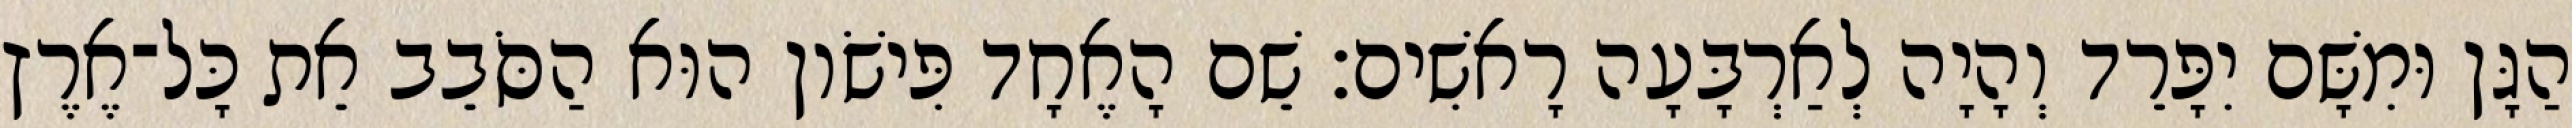
הַגָּן וּמִשָּׁם יִפָּרֵד וְהָיָה לְאַרְבָּעָה רָאשִׁים׃ שֵׁם הָאֶחָד פִּישֹׁון הוּא הַסֹּבֵב אֵת כָּל־אֶרֶץ